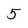
Character: 5